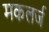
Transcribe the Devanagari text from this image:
मकलर्ज